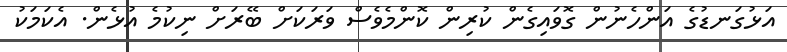
އަޅުގަނޑުގެ އަންހެނުން ގޮވައިގެން ކުރިން ކޮންމެވެސް ވަރަކަށް ބޭރަށް ނިކުމެ އުޅެން. އެކަމަކު